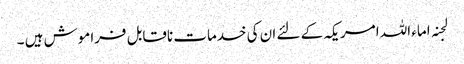
لجنہ اماء اللہ امریکہ کے لئے ان کی خدمات ناقابل فراموش ہیں ۔